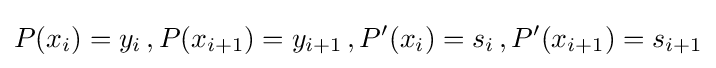
P(x_{i})=y_{i}\,,P(x_{i+1})=y_{i+1}\,,P'(x_{i})=s_{i}\,,P'(x_{i+1})=s_{i+1}